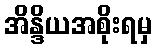
အိန္ဒိယအစိုးရမှ